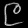
Digit: ၉